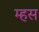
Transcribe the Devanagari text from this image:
म्हस